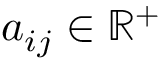
a _ { i j } \in \mathbb { R ^ { + } }